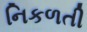
નિકળતી